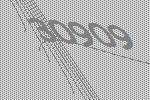
30909